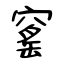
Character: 窰